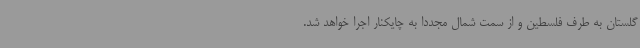
گلستان به طرف فلسطین و از سمت شمال مجددا به چایکنار اجرا خواهد شد.